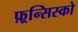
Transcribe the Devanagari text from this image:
फ़्रन्सिस्को